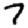
Digit: 7